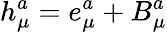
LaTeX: h_{\mu}^{a}=e_{\mu}^{a}+B_{\mu}^{a}